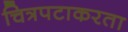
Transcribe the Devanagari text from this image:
चित्रपटाकरता